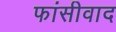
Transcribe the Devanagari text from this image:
फांसीवाद